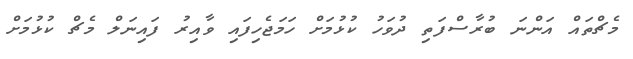
މެޗްތައް އަންނަ ބުރާސްފަތި ދުވަހު ކުޅުމަށް ހަމަޖެހިފައި ވާއިރު ފައިނަލް މެޗް ކުޅުމަށް